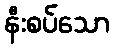
နီးစပ်သော